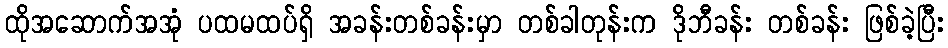
ထိုအဆောက်အအုံ ပထမထပ်ရှိ အခန်းတစ်ခန်းမှာ တစ်ခါတုန်းက ဒိုဘီခန်း တစ်ခန်း ဖြစ်ခဲ့ပြီး